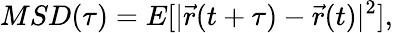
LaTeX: MSD(\tau)=E[|\vec{r}(t+\tau)-\vec{r}(t)|^{2}],